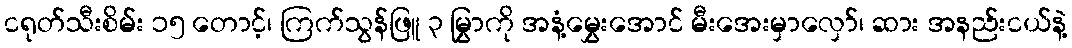
ငရုတ်သီးစိမ်း ၁၅ တောင့်၊ ကြက်သွန်ဖြူ ၃ မြွှာကို အနံ့မွှေးအောင် မီးအေးမှာလှော်၊ ဆား အနည်းငယ်နဲ့